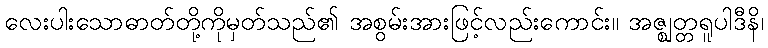
လေးပါးသောဓာတ်တို့ကိုမှတ်သည်၏ အစွမ်းအားဖြင့်လည်းကောင်း။ အဇ္ဈတ္တရူပါဒီနိ၊